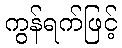
ကွန်ရက်ဖြင့်